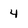
Character: 4